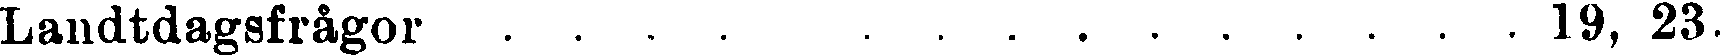
Landtdagsfrågor 19, 23.